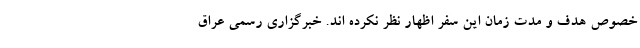
خصوص هدف و مدت زمان این سفر اظهار نظر نکرده اند. خبرگزاری رسمی عراق